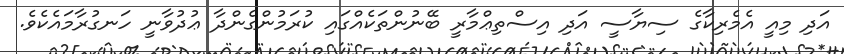
އަދި މިއީ އެމެރިކާގެ ސިޔާސީ އަދި އިސްތިޢްމާރީ ބޭނުންތަކެއްގައި ކުރަމުންގެންދާ ޢުދުވާނީ ހަނގުރާމައެކެވެ.